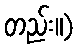
တည်း။)